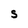
Character: S